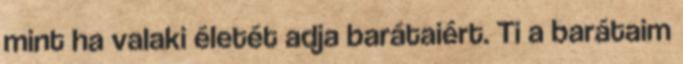
mint ha valaki életét adja barátaiért. Ti a barátaim